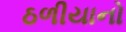
ઠળીયાનો